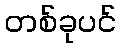
တစ်ခုပင်